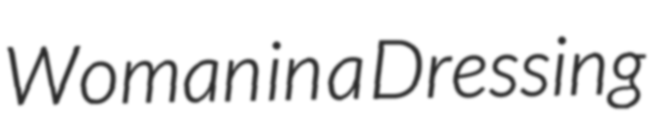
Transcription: Woman in a Dressing